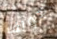
جولف